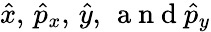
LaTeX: \hat{x},\, \hat{p}_{x},\, \hat{y},\, \mathrm{~a~n~d~}\hat{p}_{y}